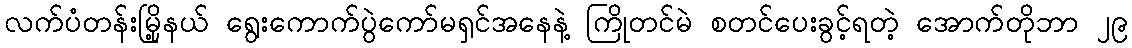
လက်ပံတန်းမြို့နယ် ရွေးကောက်ပွဲကော်မရှင်အနေနဲ့ ကြိုတင်မဲ စတင်ပေးခွင့်ရတဲ့ အောက်တိုဘာ ၂၉